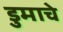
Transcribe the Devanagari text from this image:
डुमाचे